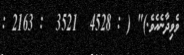
ވެވިދާނެއެވެ.)" ( : 4528  3521  : 2163 :